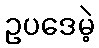
ဥပဒေမဲ့